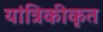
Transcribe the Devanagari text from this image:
यांत्रिकीकृत